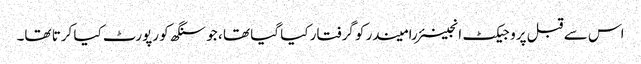
اس سے قبل پروجیکٹ انجینئر رامیندر کو گرفتار کیا گیا تھا ، جو سنگھ کو رپورٹ کیا کرتا تھا۔